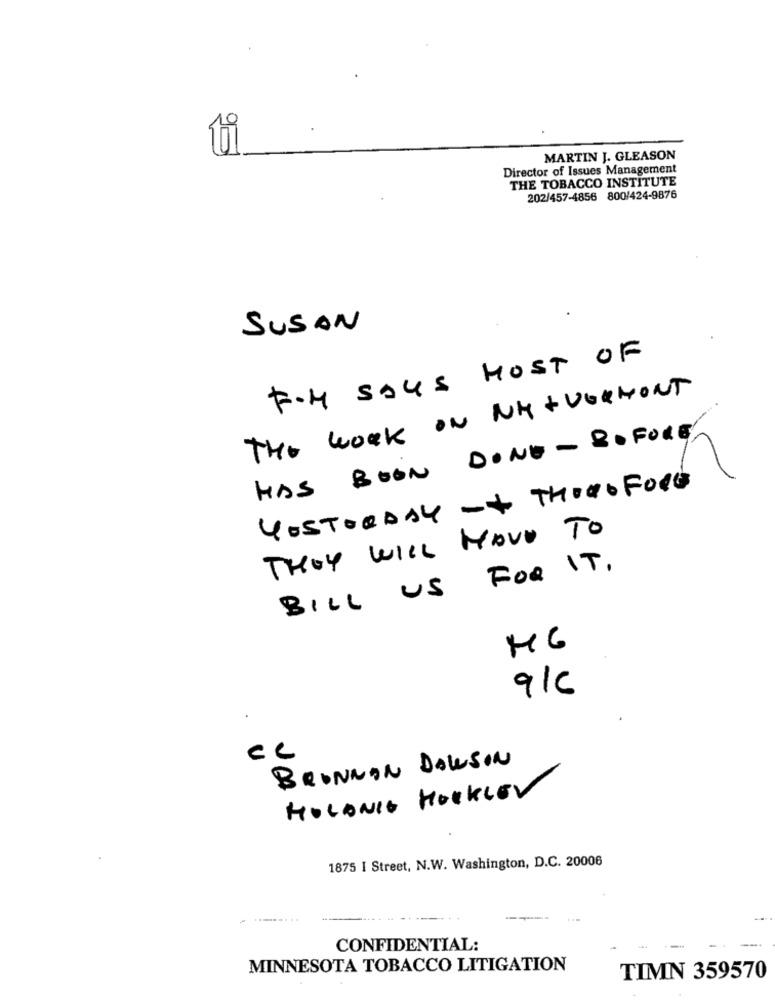
MARTIN J. GLEASON
Director of Issues Management
THE TOBACCO INSTITUTE
202/457-4856 800/424-9876
SUSAN
F.H SAUS MOST OF
THE work ON NH + VERMONT
HAS BOON DONE - BOFORE,
YOSTORDAY -+ THOROFORE
THEY WILL HAVE TO
BILL US FOR IT.
MG
9/C
cc
BRONNON DAWSON
HOLANIC HOCKLEY
1875 I Street, N.W. Washington, D.C. 20006
CONFIDENTIAL:
MINNESOTA TOBACCO LITIGATION
TIMN 359570